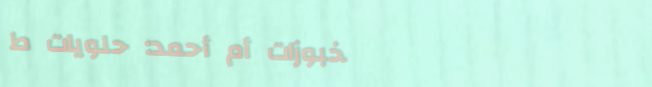
مخبوزات أم أحمد: حلويات ط